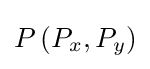
P\left(P_{x},P_{y}\right)